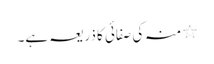
٭ منہ کی صفائی کا ذریعہ ہے۔